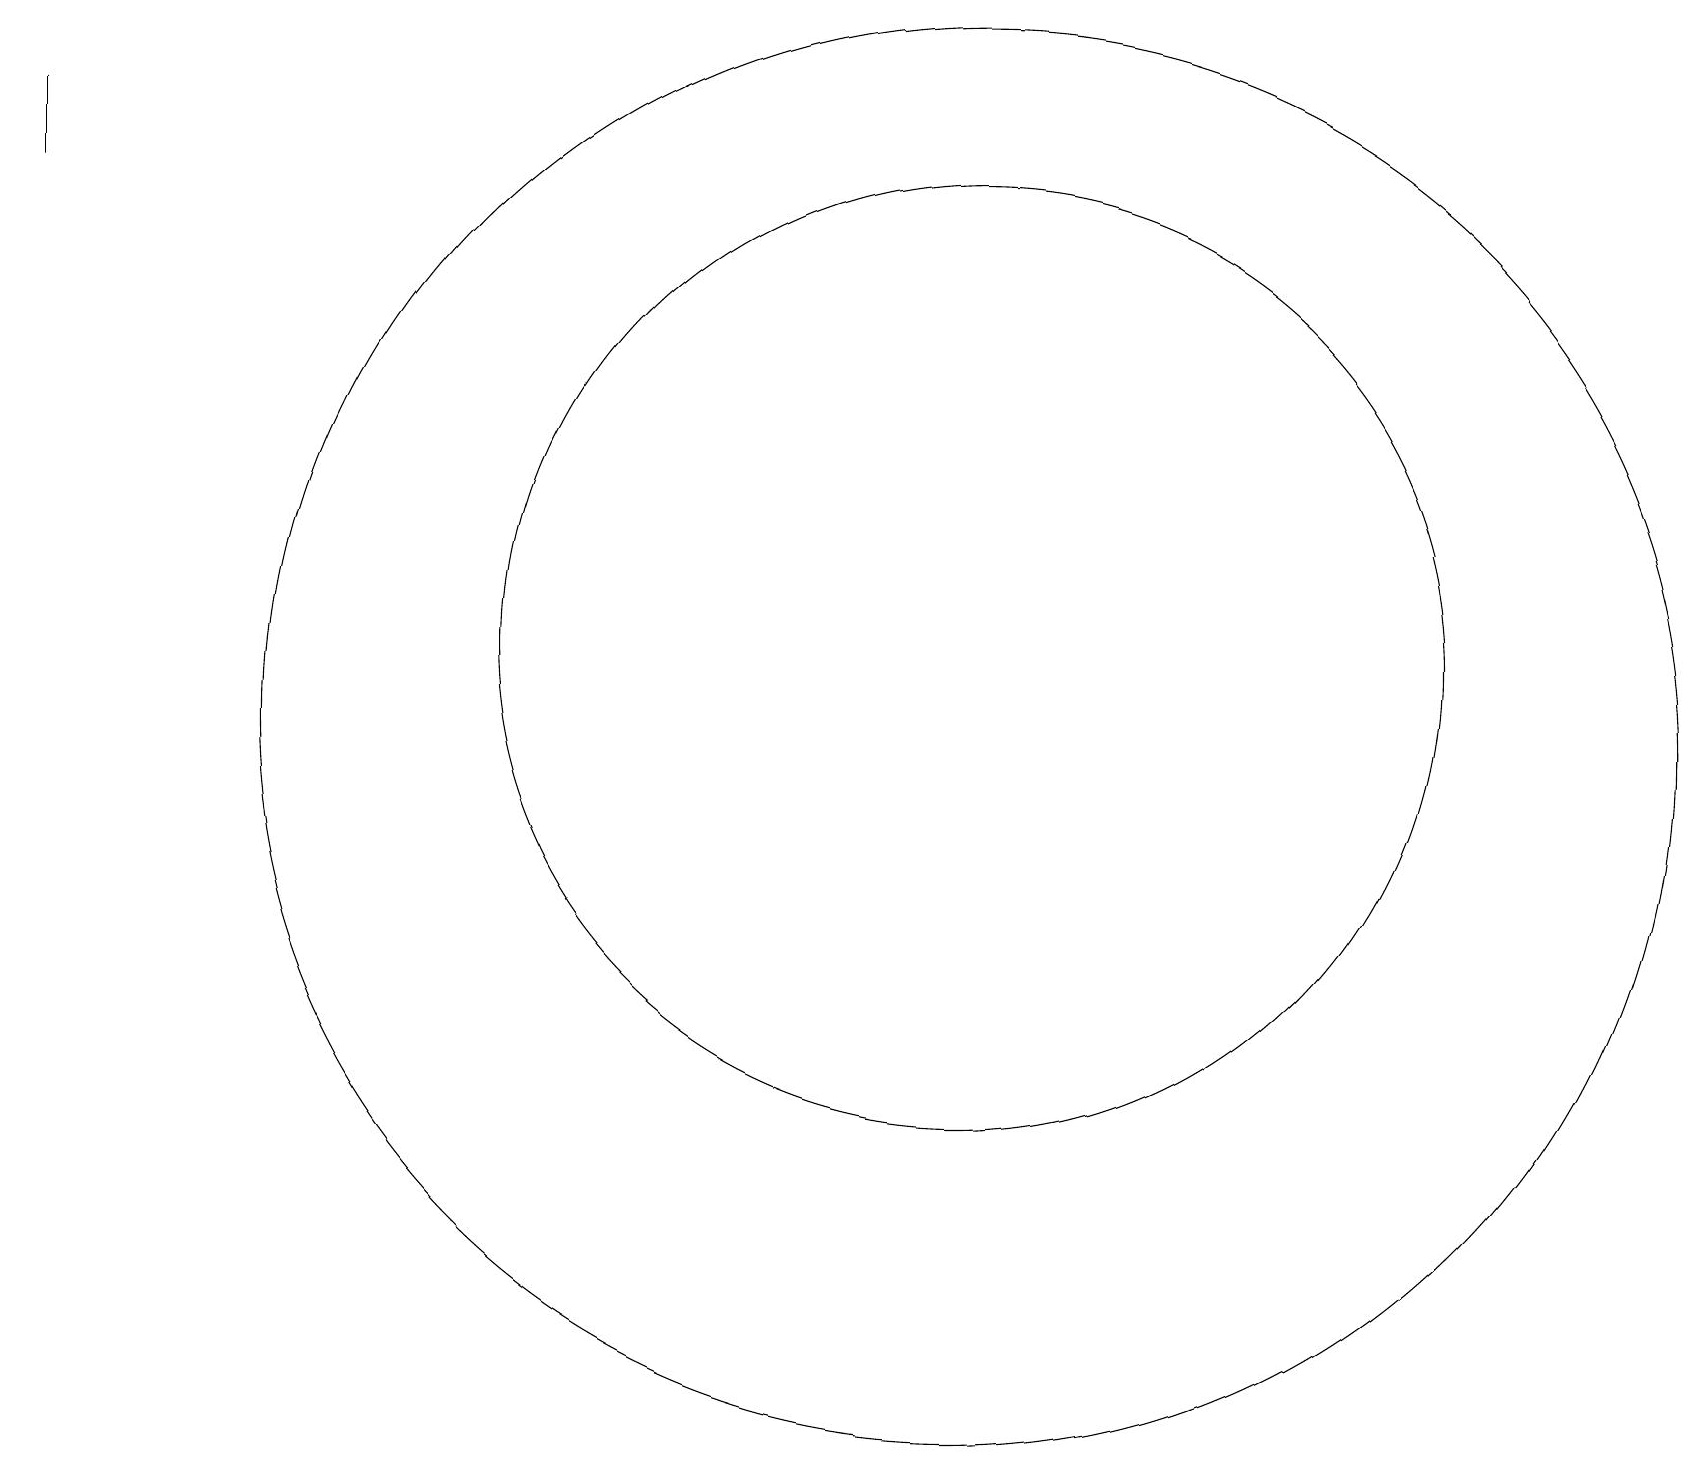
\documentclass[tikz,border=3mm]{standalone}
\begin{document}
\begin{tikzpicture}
\draw (12,11) circle (9);
\draw (12,12) circle (6);
\draw (0,18) rectangle (0,19);
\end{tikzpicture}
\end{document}